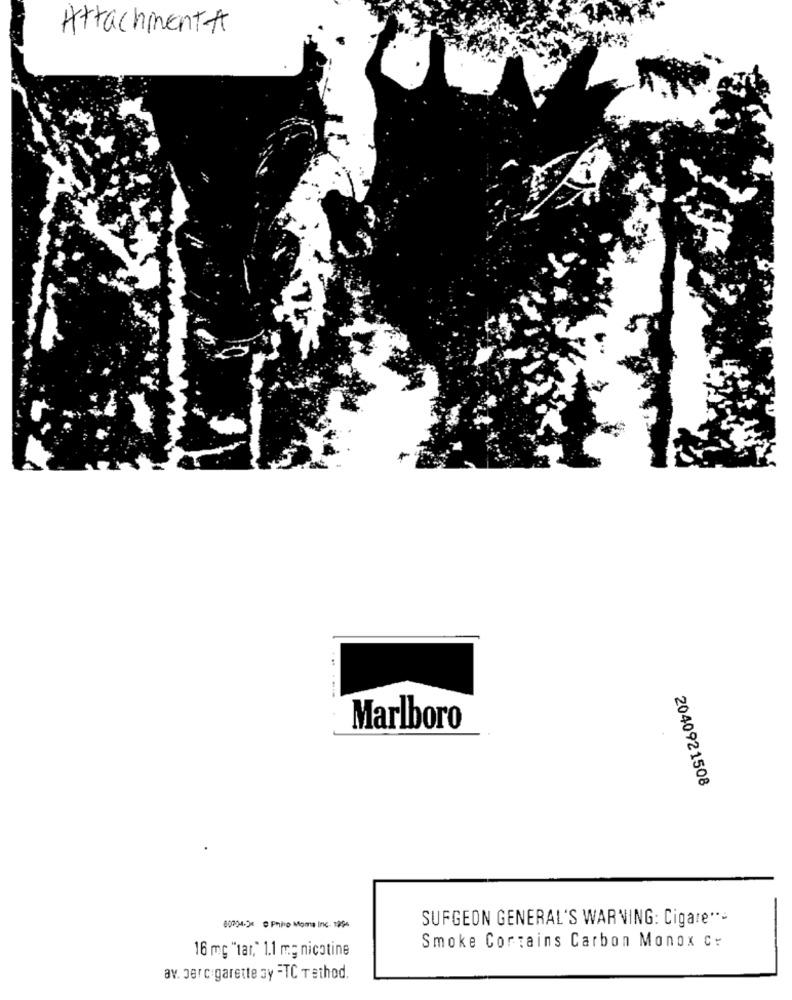
Attachment-A
Marlboro
2040921508
SUFGEON GENERAL'S WARNING: Cigare ***
80734-34 ℃ Pivo Moma Inc. 1994
16 mg "tar," 1.1 m; nicotine
Smoke Contains Carbon Monox c:
av. Dercigarette y =TC Tethod.